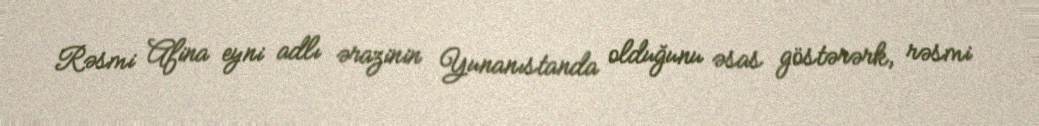
Rəsmi Afina eyni adlı ərazinin Yunanıstanda olduğunu əsas göstərərk, rəsmi